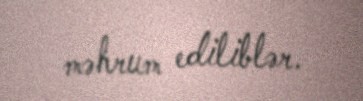
məhrum ediliblər.